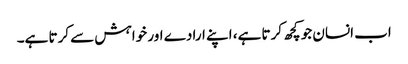
اب انسان جو کچھ کرتا ہے، اپنے ارادے اور خواہش سے کرتا ہے۔